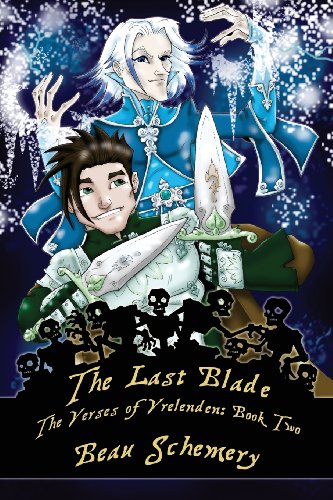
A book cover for The Last Blade; Beau Schemery; Teen & Young Adult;